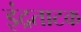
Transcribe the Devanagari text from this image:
इंद्रताटक